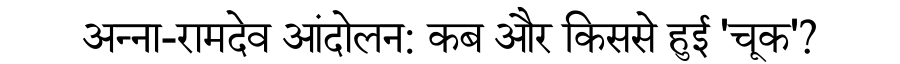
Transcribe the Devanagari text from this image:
अन्ना-रामदेव आंदोलन: कब और किससे हुई 'चूक'?